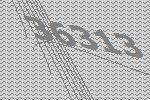
36313